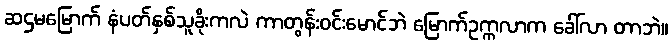
ဆဌမမြောက် နံပတ်နှစ်သူခိုးကလဲ ကာတွန်းဝင်းမောင်ဘဲ မြောက်ဥက္ကလာက ခေါ်လာ တာဘဲ။